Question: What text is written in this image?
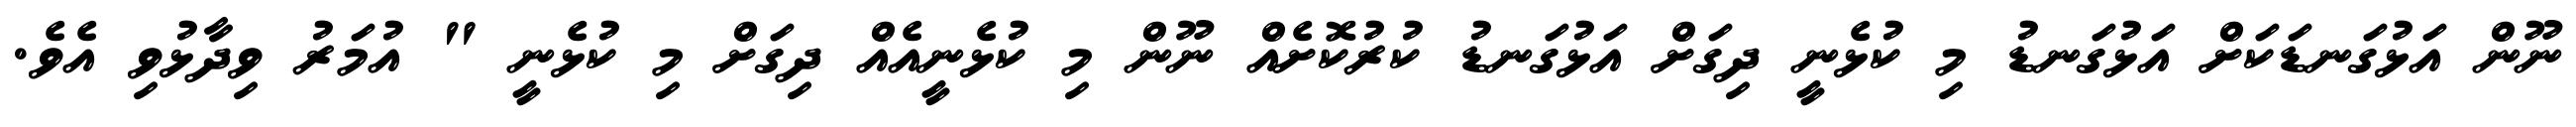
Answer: ނޫން އަޅުގަނޑަކަށް އަޅުގަނޑު މި ކުޅެނީ ދިގަށް އަޅުގަނޑު ކުރުކޮށެއް ނޫން މި ކުޅެނީއެއް ދިގަށް މި ކުޅެނީ " އުމަރު ވިދާޅުވި އެވެ.